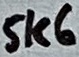
Text: 5K6